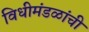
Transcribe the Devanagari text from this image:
विधीमंडळांची